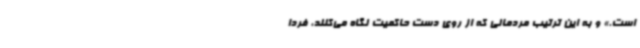
است.» و به این ترتیب مردمانی که از روی دست حاکمیت نگاه می‌کنند، فردا